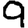
Digit: 9